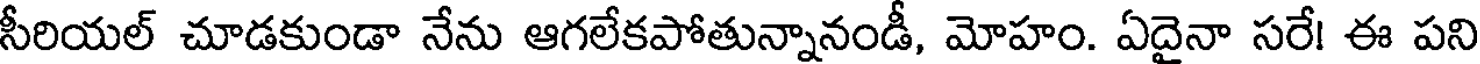
సీరియల్ చూడకుండా నేను ఆగలేకపోతున్నానండీ, మోహం. ఏదైనా సరే! ఈ పని